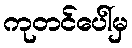
ကုတင်ပေါ်မှ